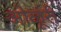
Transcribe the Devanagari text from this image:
ओळूंरी